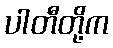
ပါတီတို့က